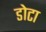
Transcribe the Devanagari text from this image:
डोटा